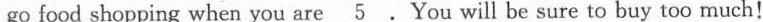
go food shopping when you are \underline{5}.You will be sure to buy too much!